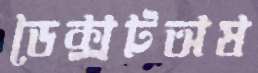
ডেক্সটঅষ